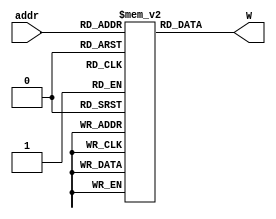
module row_weight #(parameter M=8,
                    parameter S=8,
                    parameter n=32,
                    parameter addrwidth=2)(
        input [addrwidth:0] addr,
        output [M*n-1 : 0] W
);

    reg [M*n-1 : 0] weight[S:0] ;
    initial begin
        
        weight[0]={16'h0066,16'h0066,16'h8066,16'h0066,16'h8066,16'h8066,16'h0200,16'h0200};
        weight[1]={16'h0066,16'h0066,16'h8066,16'h0066,16'h8066,16'h8066,16'h0200,16'h0200};
        weight[2]={16'h0066,16'h0066,16'h8066,16'h0066,16'h8066,16'h8066,16'h0200,16'h0200};
        weight[3]={16'h0066,16'h0066,16'h8066,16'h0066,16'h8066,16'h8066,16'h0200,16'h0200};
        weight[4]={16'h0066,16'h0066,16'h8066,16'h0066,16'h8066,16'h8066,16'h0200,16'h0200};
        weight[5]={16'h0066,16'h0066,16'h8066,16'h0066,16'h8066,16'h8066,16'h0200,16'h0200};
        weight[6]={16'h0066,16'h0066,16'h8066,16'h0066,16'h8066,16'h8066,16'h0200,16'h0200};
        weight[7]={16'h0066,16'h0066,16'h8066,16'h0066,16'h8066,16'h8066,16'h0200,16'h0200};
        weight[8]='b0;
    end

assign W = weight[addr];

endmodule